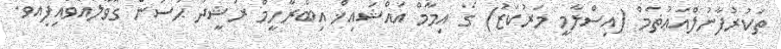
ތަކުރުފާނުލްއަޢުޡަމް (އިސްލާމީ މަރުކަޒު) ގެ އިމާމް އައްޝައިޚް އިބްރާހީމް ރަޝީދު ޙަސަން ގޮވާލައްވައިފިއެވެ.